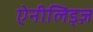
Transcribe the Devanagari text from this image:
ऐनीलिड्ज़